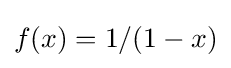
f(x)=1/(1-x)